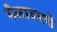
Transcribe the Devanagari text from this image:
मैलावरचे